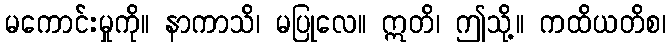
မကောင်းမှုကို။ နာကာသိ၊ မပြုလေ။ ဣတိ၊ ဤသို့။ ကထိယတိစ၊